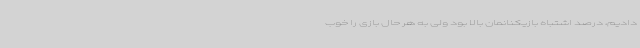
دادیم، درصد اشتباه بازیکنانمان بالا بود ولی به هر حال بازی را خوب